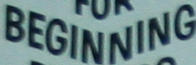
BEGINNING